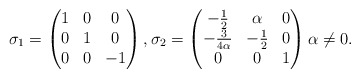
\begin{align*}\sigma_{1}=\begin{pmatrix}\-1&0&0\\0&1&0\\0&0&-1\end{pmatrix},\sigma_{2} = \begin{pmatrix}-\frac{1}{2}&\alpha&0\\-\frac{3}{4\alpha}&-\frac{1}{2}&0\\0&0&1\end{pmatrix} \alpha \neq 0.\end{align*}